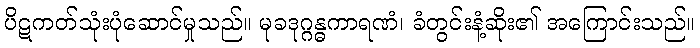
ပိဋကတ်သုံးပုံဆောင်မှုသည်။ မုခဒုဂ္ဂန္ဓကာရဏံ၊ ခံတွင်းနံ့ဆိုး၏ အကြောင်းသည်။